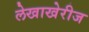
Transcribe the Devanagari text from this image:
लेखाखेरीज